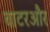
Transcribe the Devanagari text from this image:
वाटरऔर